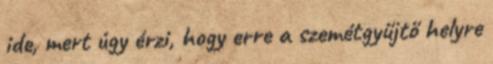
ide, mert úgy érzi, hogy erre a szemétgyűjtő helyre